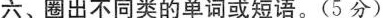
六、圈出不同类的单词或短语.(5 分)